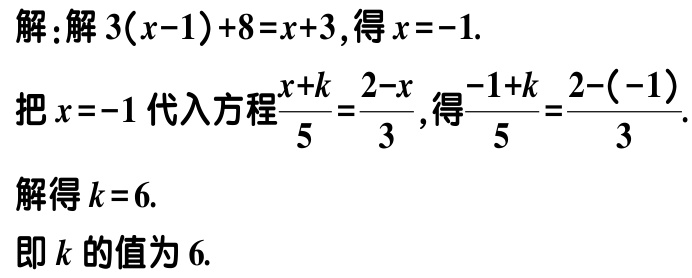
解：解\(3(x - 1)+8 = x + 3\)，得\(x = -1\).

把\(x = -1\)代入方程\(\frac{x + k}{5}=\frac{2 - x}{3}\)，得\(\frac{-1 + k}{5}=\frac{2 - (-1)}{3}\).

解得\(k = 6\).

即\(k\)的值为\(6\).